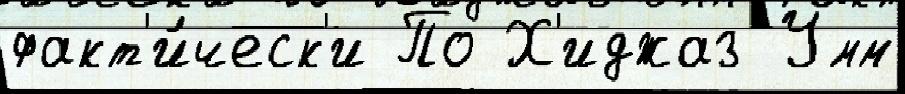
факт'и́ческ'и По Х'иджаз Умм